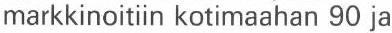
markkinoitiin kotimaahan 90 ja